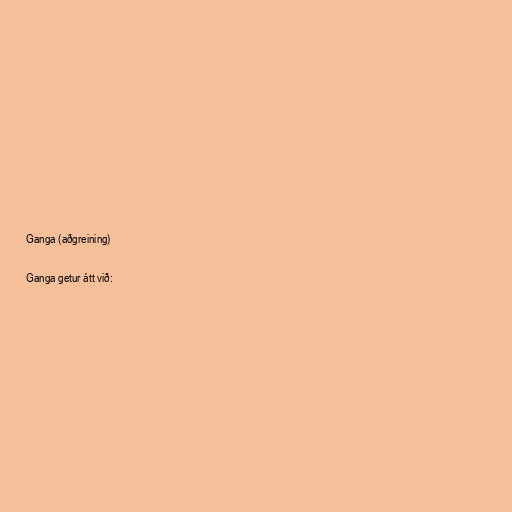
Ganga (aðgreining)

Ganga getur átt við: